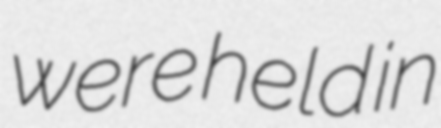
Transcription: were held in